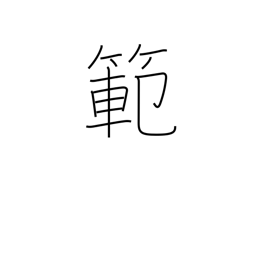
Meaning: model